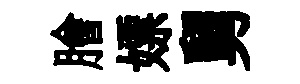
膾嫖舅